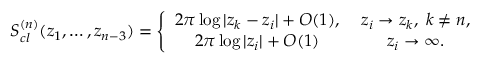
S _ { c l } ^ { ( n ) } ( z _ { 1 } , \ldots , z _ { n - 3 } ) = \left\{ \begin{array} { c c } { { 2 \pi \log | z _ { k } - z _ { i } | + { \cal O } ( 1 ) , \; } } & { { z _ { i } \to z _ { k } , \; k \ne n , } } \\ { { 2 \pi \log | z _ { i } | + { \cal O } ( 1 ) \; } } & { { z _ { i } \to \infty . } } \end{array} \right.